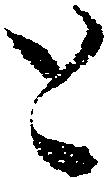
と